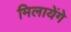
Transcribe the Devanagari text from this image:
मिलायेंगे